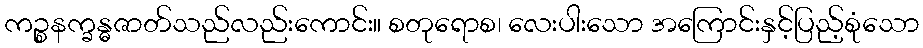
ကဉ္စနက္ခန္ဓဇာတ်သည်လည်းကောင်း။ စတုရောစ၊ လေးပါးသော အကြောင်းနှင့်ပြည့်စုံသော